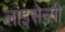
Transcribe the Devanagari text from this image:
लाइसेन्सी